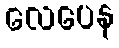
လေပေန